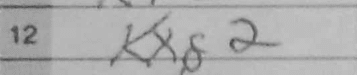
Transcription: Kxg2